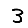
Digit: 3